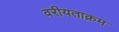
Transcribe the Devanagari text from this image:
वरीयताक्रम